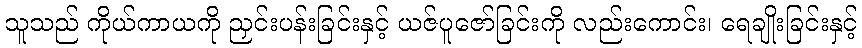
သူသည် ကိုယ်ကာယကို ညှင်းပန်းခြင်းနှင့် ယဇ်ပူဇော်ခြင်းကို လည်းကောင်း၊ ရေချိုးခြင်းနှင့်